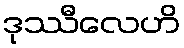
ဒုဿီလေဟိ